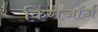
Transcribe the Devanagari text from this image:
किंगजॉर्ज